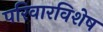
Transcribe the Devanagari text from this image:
परिवारविशेष